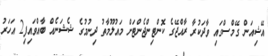
އޭޝިއަން ގޭމްސްގައި ވާދަކުރާ ރާއްޖޭގެ ކޮންޓިންޖެންޓަށް މައުލޫމާތު ދިނުމުގެ ޝެޝަނެއް ބާއްވައިފި2 އަހަރު